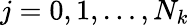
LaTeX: j=0,1,\ldots,N_{k}